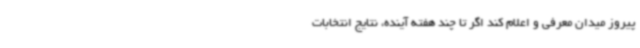
پیروز میدان معرفی و اعلام کند اگر تا چند هفته آینده، نتایج انتخابات